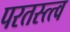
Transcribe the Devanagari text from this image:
परतस्त्त्व